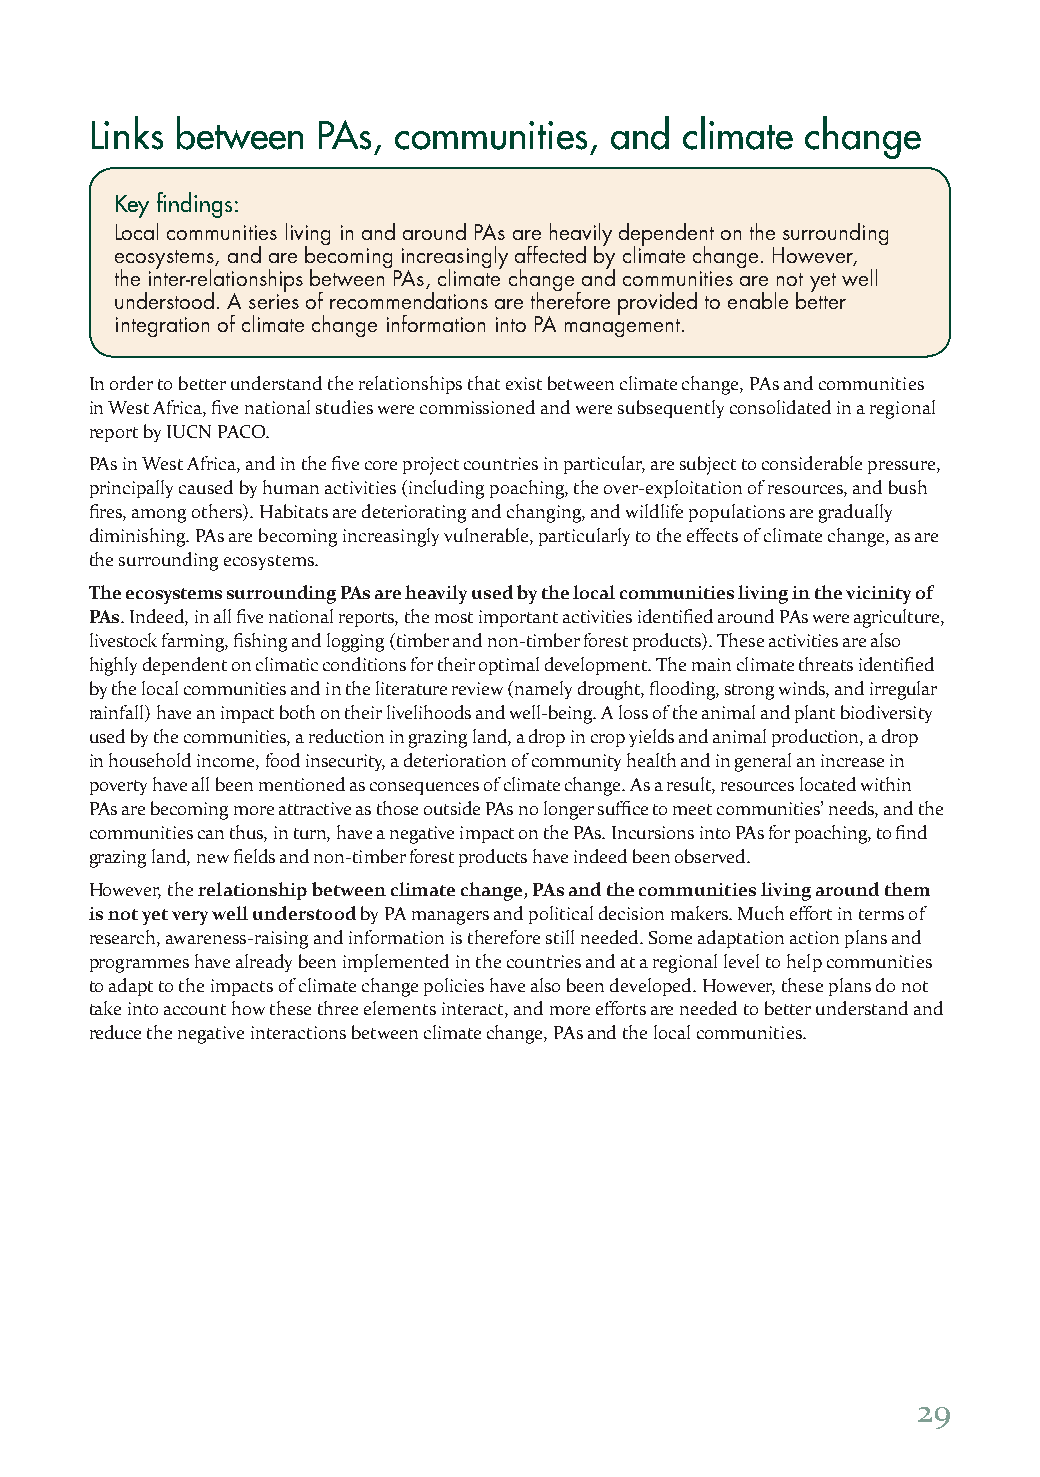
Links between  PAs, communities,  and  climate change
 Key findings:
 Local communities living in and around PAs are heavily dependent on the surrounding
 ecosystems, and are becoming increasingly affected by climate change. However,
 the inter-relationships between PAs, climate change and communities are not yet well
 understood. A series of recommendations are therefore provided to enable better
 integration of climate change information into PA management.
 In order to better understand the relationships that exist between climate change, PAs and communities
 in West Africa, five national studies were commissioned and were subsequently consolidated in a regional
 report by IUCN PACO.
 PAs in West Africa, and in the five core project countries in particular, are subject to considerable pressure,
 principally caused by human activities (including poaching, the over-exploitation of resources, and bush
 fires, among others). Habitats are deteriorating and changing, and wildlife populations are gradually
 diminishing. PAs are becoming increasingly vulnerable, particularly to the effects of climate change, as are
 the surrounding ecosystems.
 The ecosystems surrounding PAs are heavily used by the local communities living in the vicinity of
 PAs. Indeed, in all five national reports, the most important activities identified around PAs were agriculture,
 livestock farming, fishing and logging (timber and non-timber forest products). These activities are also
 highly dependent on climatic conditions for their optimal development. The main climate threats identified
 by the local communities and in the literature review (namely drought, flooding, strong winds, and irregular
 rainfall) have an impact both on their livelihoods and well-being. A loss of the animal and plant biodiversity
 used by the communities, a reduction in grazing land, a drop in crop yields and animal production, a drop
 in household income, food insecurity, a deterioration of community health and in general an increase in
 poverty have all been mentioned as consequences of climate change. As a result, resources located within
 PAs are becoming more attractive as those outside PAs no longer suffice to meet communities’ needs, and the
 communities can thus, in turn, have a negative impact on the PAs. Incursions into PAs for poaching, to find
 grazing land, new fields and non-timber forest products have indeed been observed.
 However, the relationship between climate change, PAs and the communities living around them
 is not yet very well understood by PA managers and political decision makers. Much effort in terms of
 research, awareness-raising and information is therefore still needed. Some adaptation action plans and
 programmes have already been implemented in the countries and at a regional level to help communities
 to adapt to the impacts of climate change policies have also been developed. However, these plans do not
 take into account how these three elements interact, and more efforts are needed to better understand and
 reduce the negative interactions between climate change, PAs and the local communities.
 29